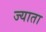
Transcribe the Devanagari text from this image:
ज्याता